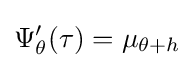
\Psi '_{\theta }(\tau )=\mu _{\theta +h}